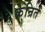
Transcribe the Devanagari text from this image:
केन्रित